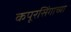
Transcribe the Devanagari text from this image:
कपूरसिंगाच्या